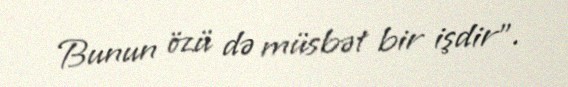
Bunun özü də müsbət bir işdir”.